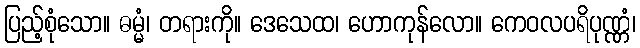
ပြည့်စုံသော။ ဓမ္မံ၊ တရားကို။ ဒေသေထ၊ ဟောကုန်လော။ ကေဝလပရိပုဏ္ဏံ၊